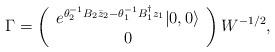
LaTeX: \begin{align*}\Gamma=\left(\begin{array}{c}e^{\theta_2^{-1}B_2\bar{z}_2-\theta_1^{-1}B_1^\dag z_1}|0,0\rangle\\ 0\end{array}\right)W^{-1/2},\end{align*}